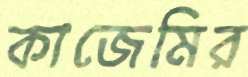
কাজেমির